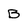
Character: B